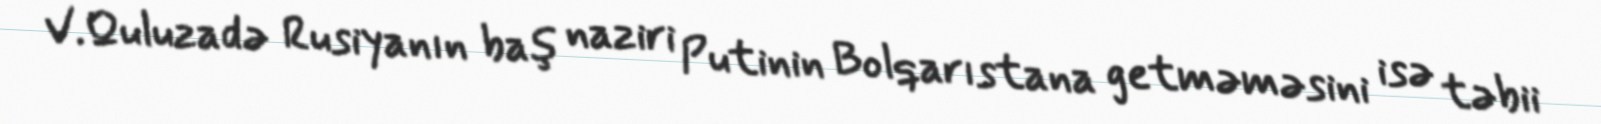
V.Quluzadə Rusiyanın baş naziri Putinin Bolqarıstana getməməsini isə təbii